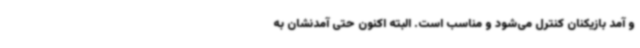
و آمد بازیکنان کنترل می‌شود و مناسب است. البته اکنون حتی آمدنشان به